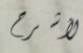
لأشرح